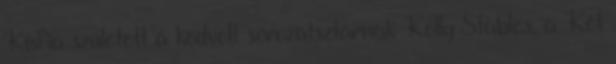
Kisfia született a kedvelt sorozatsztárnak Kelly Stables, a Két